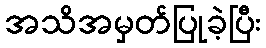
အသိအမှတ်ပြုခဲ့ပြီး